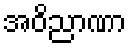
အဝိညာဏာ